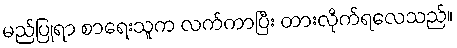
မည်ပြုရာ စာရေးသူက လက်ကာပြီး တားလိုက်ရလေသည်။